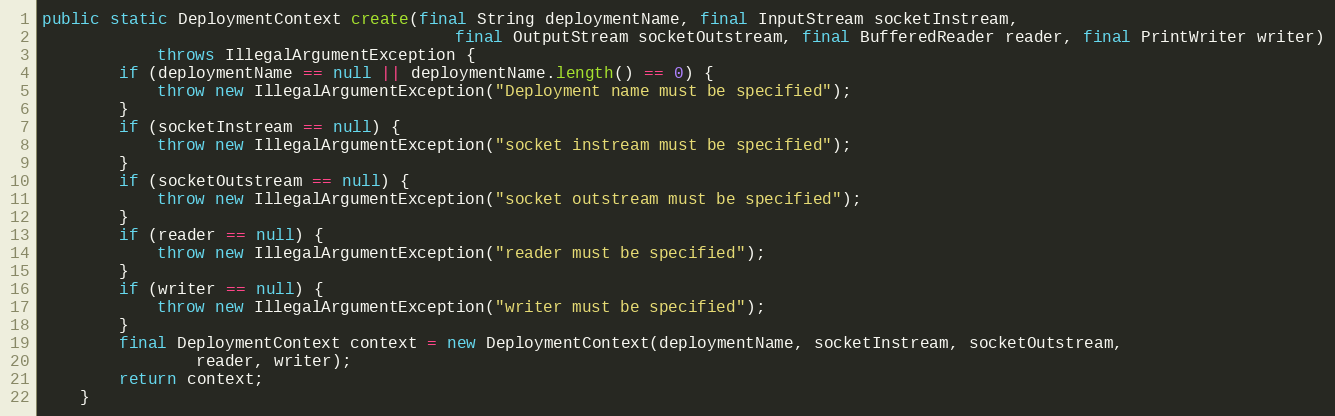
Language: Java
public static DeploymentContext create(final String deploymentName, final InputStream socketInstream,
                                           final OutputStream socketOutstream, final BufferedReader reader, final PrintWriter writer)
            throws IllegalArgumentException {
        if (deploymentName == null || deploymentName.length() == 0) {
            throw new IllegalArgumentException("Deployment name must be specified");
        }
        if (socketInstream == null) {
            throw new IllegalArgumentException("socket instream must be specified");
        }
        if (socketOutstream == null) {
            throw new IllegalArgumentException("socket outstream must be specified");
        }
        if (reader == null) {
            throw new IllegalArgumentException("reader must be specified");
        }
        if (writer == null) {
            throw new IllegalArgumentException("writer must be specified");
        }
        final DeploymentContext context = new DeploymentContext(deploymentName, socketInstream, socketOutstream,
                reader, writer);
        return context;
    }